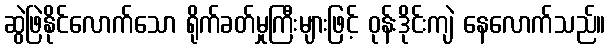
ဆွဲဖြဲနိုင်လောက်သော ရိုက်ခတ်မှုကြီးများဖြင့် ဝုန်းဒိုင်းကျဲ နေလောက်သည်။